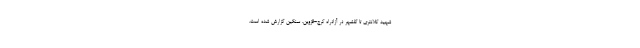
شهید کلانتری تا گلشهر در آزادراه کرج-قزوین، سنگین گزارش شده است.